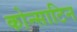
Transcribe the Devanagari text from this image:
कोन्साटिन